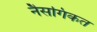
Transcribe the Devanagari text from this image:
नैसगिकत